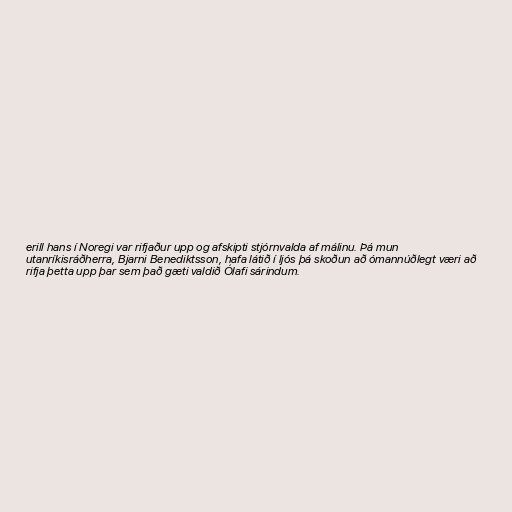
erill hans í Noregi var rifjaður upp og afskipti stjórnvalda af málinu. Þá mun
utanríkisráðherra, Bjarni Benediktsson, hafa látið í ljós þá skoðun að ómannúðlegt væri að
rifja þetta upp þar sem það gæti valdið Ólafi sárindum.